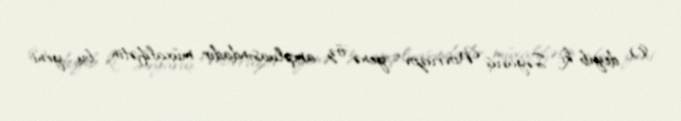
O deyib ki, Səyavuş Novruzov yenə öz ampluasındadır, müxalifətin bu yeni